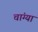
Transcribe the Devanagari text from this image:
चांग्या